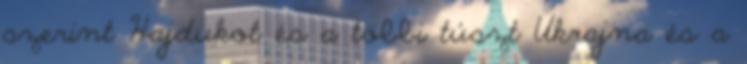
szerint Hajdukot és a többi túszt Ukrajna és a